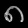
Digit: ၈